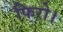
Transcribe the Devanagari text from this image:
फिरो।